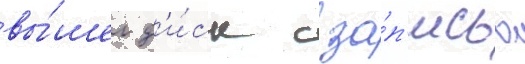
вы́шел д'и́ск с за́п'исью